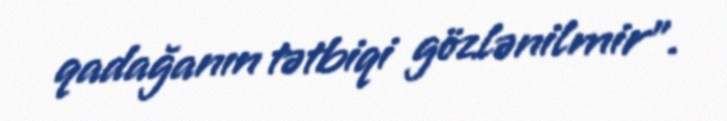
qadağanın tətbiqi gözlənilmir".